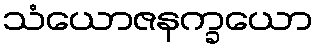
သံယောဇနက္ခယော